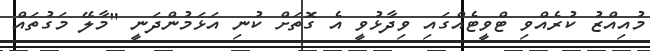
މުއިއްޒު ކުރެއްވި ޓްވީޓެއްގައި ވިދާޅުވީ އެ ގޮތަށް ކުނި އަޅަމުންދަނީ "މާލޭ މަގުތައް